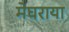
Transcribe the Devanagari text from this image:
मेघराया